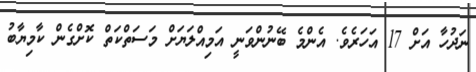
ނަދުހާ އަށް 17 އަހަރެވެ. އެންމެ ބޭނުންވަނީ އަމިއްލަޔަށް މަސަތްކަތް ކޮށްގެން ކާމިޔާބު